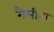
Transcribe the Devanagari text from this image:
गैलीना